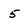
Character: 5